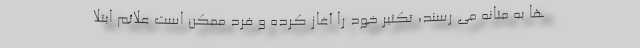
ها به مثانه می رسند، تکثیر خود را آغاز کرده و فرد ممکن است علائم ابتلا